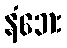
နံဘေး